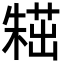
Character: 𣙸